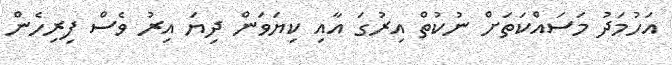
އަހުމަދު މަސައްކަތަށް ނުކުތް އިރުގަ އާއި ކިޔަވަން ދިޔަ އިރު ވެސް ފިރިހެން